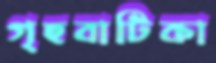
গৃহবাটিকা